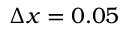
\Delta { x } = 0 . 0 5